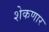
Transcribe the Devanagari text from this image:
शेकणार